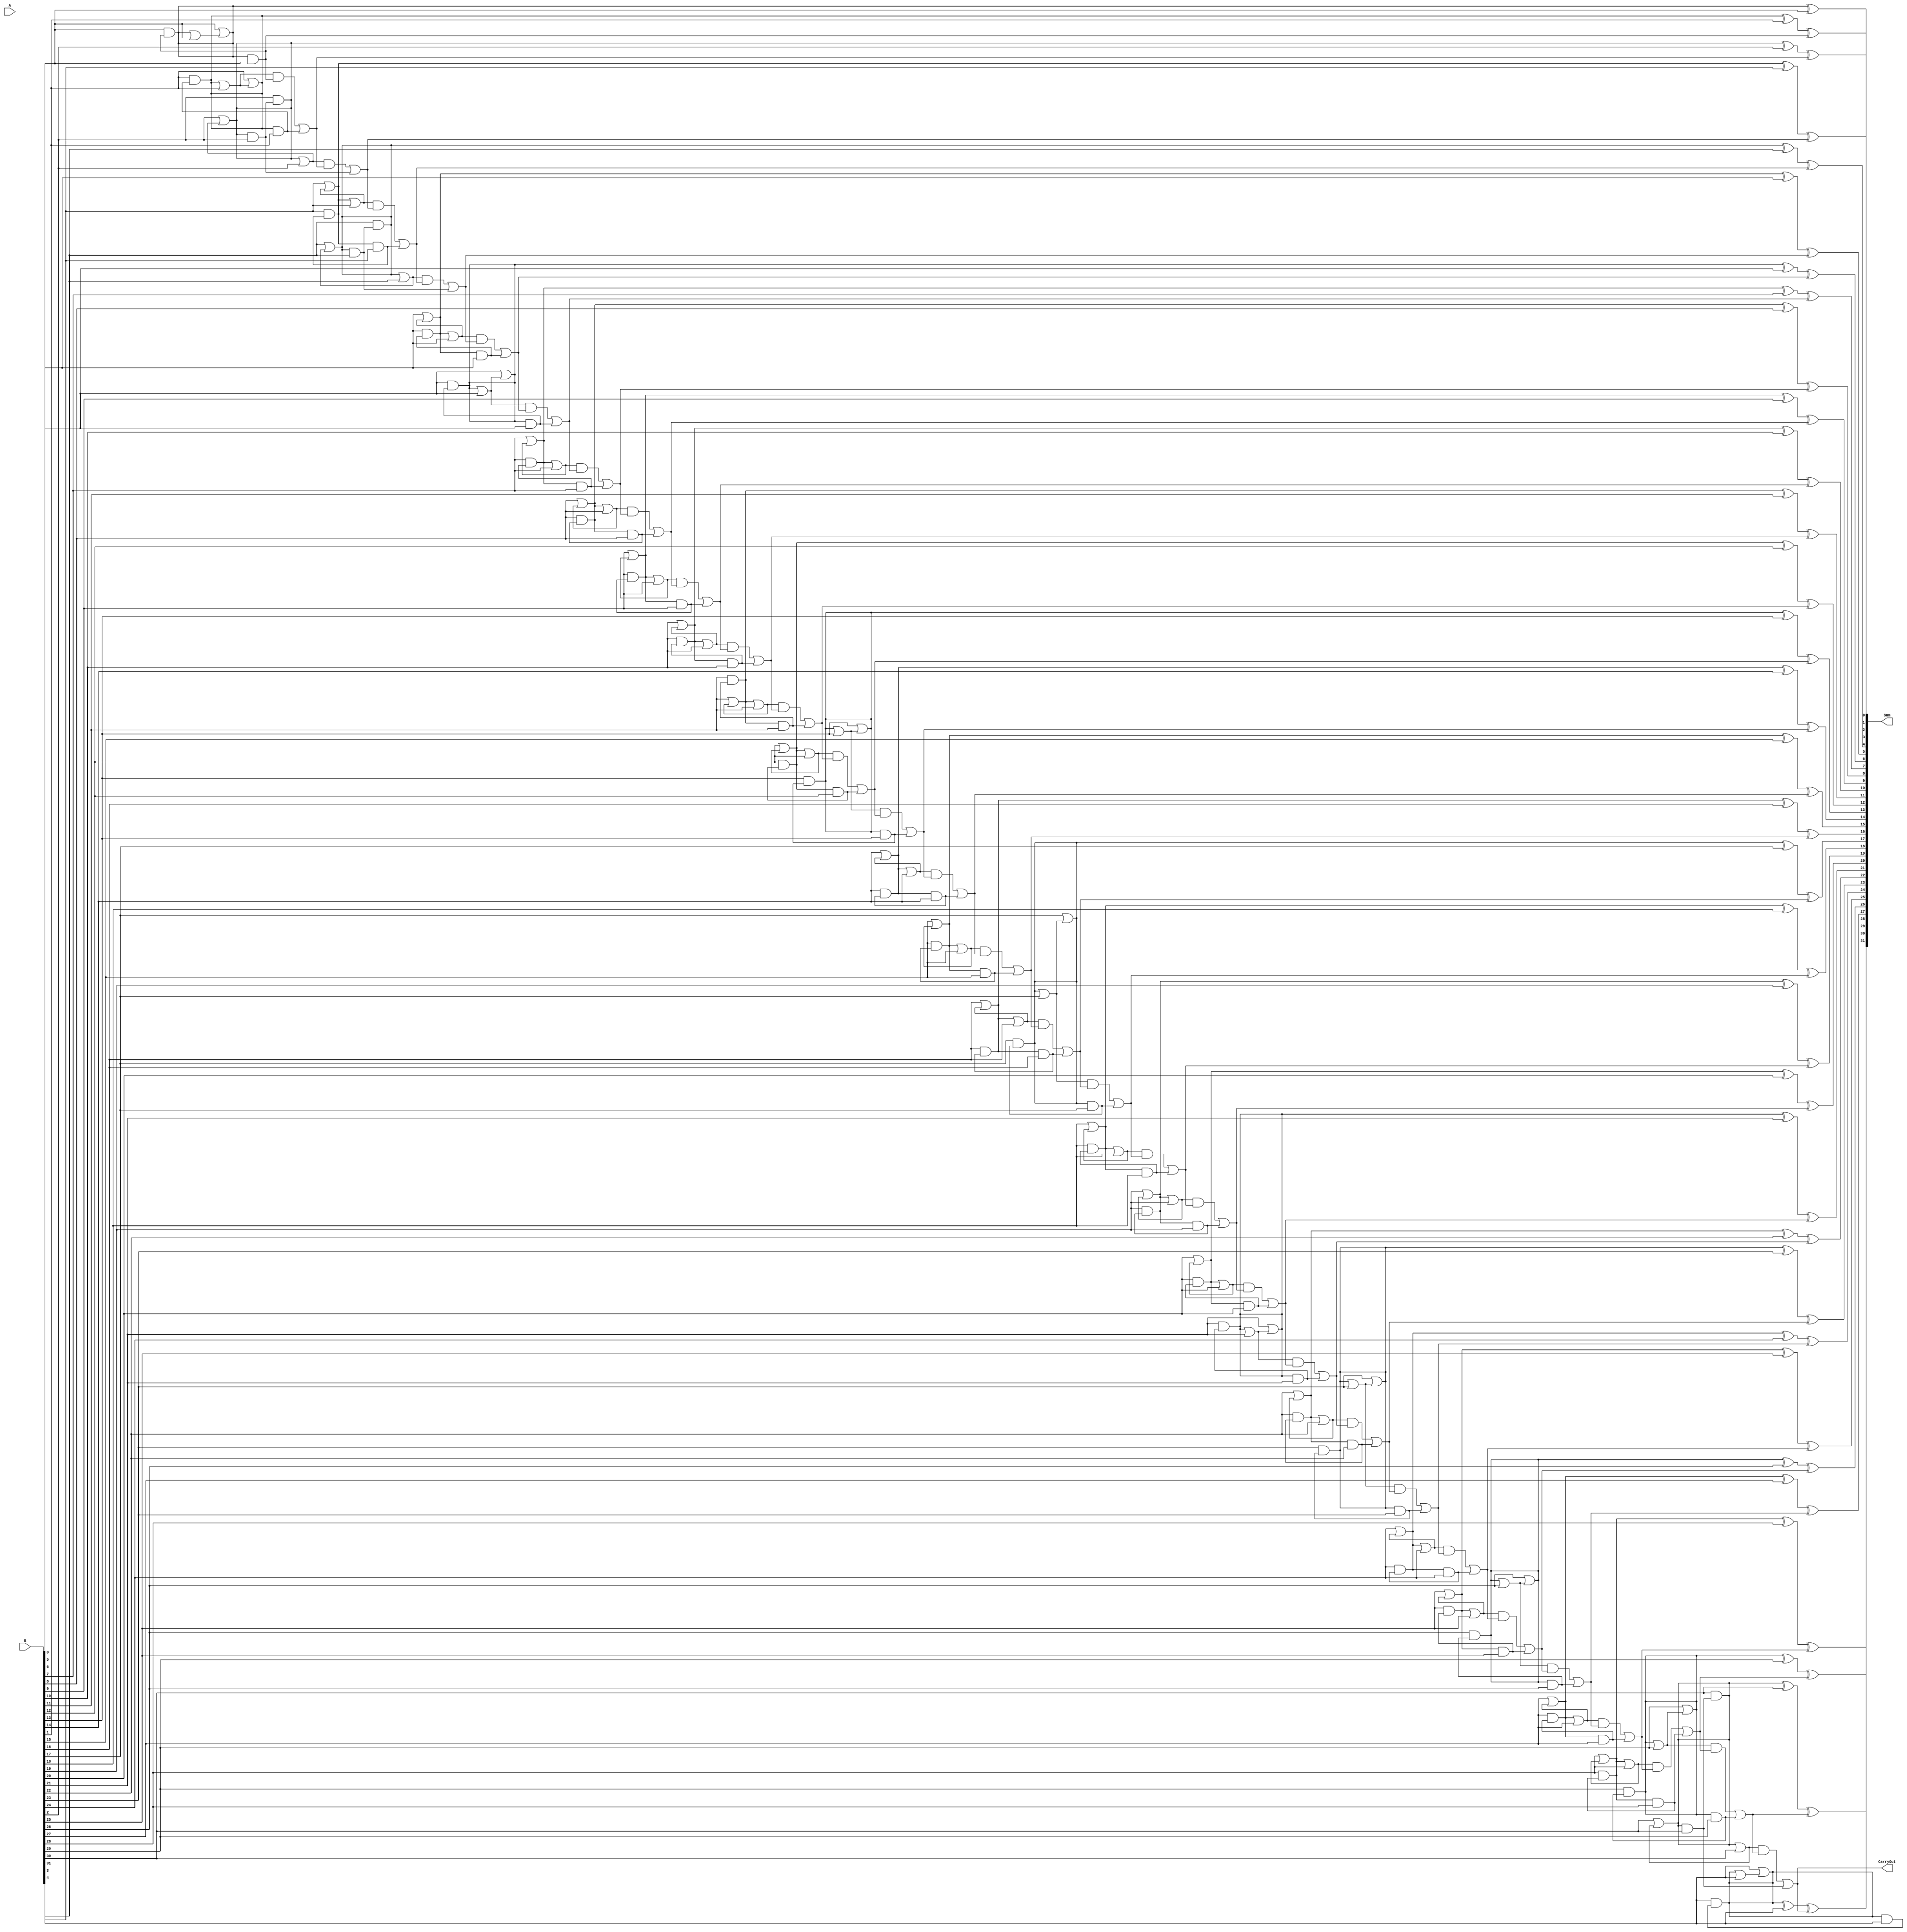
module CLA_32bit (
    input [31:0] A,       // 32-bit input A
    input [31:0] B,       // 32-bit input B
    output [31:0] Sum,   // 32-bit sum output
    output CarryOut      // Carry out
);

wire [31:0] G, P, C;

// Generate and Propagate signals
generate
    genvar i;
    for (i = 0; i < 32; i = i + 1) begin
        and and_G (
            .a(A[i]),
            .b(B[i]),
            .z(G[i])
        );

        or or_P (
            .a(A[i]),
            .b(B[i]),
            .z(P[i])
        );
    end
endgenerate

// Carry Look-Ahead Logic
generate
    genvar i;
    for (i = 0; i < 32; i = i + 1) begin
        assign G[i] = A[i] & B[i];
        assign P[i] = A[i] | B[i];
    end
endgenerate

// Carry chain
assign C[0] = 1'b0;
generate
    genvar i;
    for (i = 1; i < 32; i = i + 1) begin
        assign C[i] = (P[i-1] & C[i-1]) | G[i-1];
    end
endgenerate

// Sum output
generate
    genvar i;
    for (i = 0; i < 32; i = i + 1) begin
        assign Sum[i] = A[i] ^ B[i] ^ C[i];
    end
endgenerate

// Carry out
assign CarryOut = C[31];

endmodule